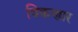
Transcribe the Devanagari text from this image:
विकणार